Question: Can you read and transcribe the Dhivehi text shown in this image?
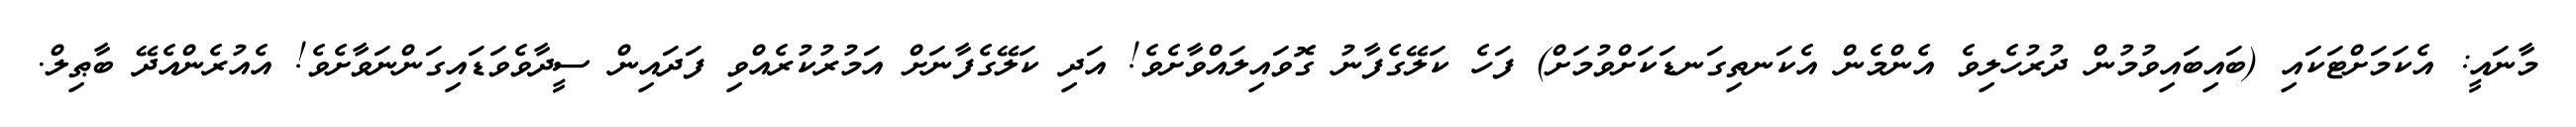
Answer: މާނައީ: އެކަމަށްޓަކައި (ބައިބައިވުމުން ދުރުހެލިވެ އެންމެން އެކަނތިގަނޑަކަށްވުމަށް) ފަހެ ކަލޭގެފާނު ގޮވައިލައްވާށެވެ! އަދި ކަލޭގެފާނަށް އަމުރުކުރެއްވި ފަދައިން ސީދާވެވަޑައިގަންނަވާށެވެ! އެއުރެންއެދޭ ބާޠިލް.